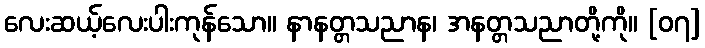
လေးဆယ့်လေးပါးကုန်သော။ နာနတ္တသညာန၊ အနတ္တသညာတို့ကို။ [၀၇]